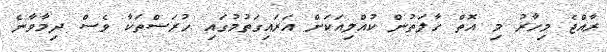
ރާއްޖެ މިހާރު މި އޮތް ހާލަތުން ކުއްލިއަކަށް އަރައިގަތުމުގައި ހުރަސްތަކާ ވެސް ދިމާވާނެ